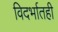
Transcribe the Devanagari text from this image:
विदर्भातही